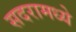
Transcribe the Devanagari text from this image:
सदरामध्ये